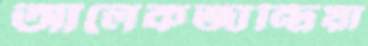
আলেকজান্দ্রিয়া